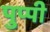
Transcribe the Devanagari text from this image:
पुप्पी